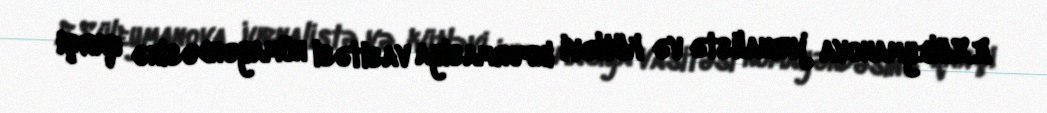
E.Süleymanova jurnalistə və kütləvi informasiya vasitəsi nümayəndəsinə qarşı